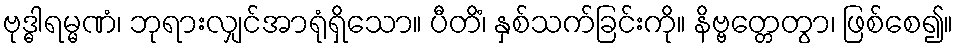
ဗုဒ္ဓါရမ္မဏံ၊ ဘုရားလျှင်အာရုံရှိသော။ ပီတိံ၊ နှစ်သက်ခြင်းကို။ နိဗ္ဗတ္တေတွာ၊ ဖြစ်စေ၍။